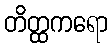
တိတ္ထကရော